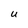
Character: U